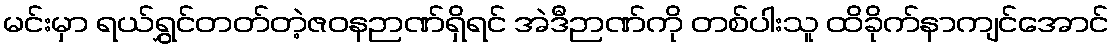
မင်းမှာ ရယ်ရွှင်တတ်တဲ့ဇဝနဉာဏ်ရှိရင် အဲဒီဉာဏ်ကို တစ်ပါးသူ ထိခိုက်နာကျင်အောင်